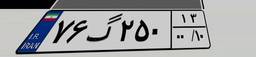
۷۵گ۷۸۴۶۲